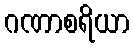
ဂဏာစရိယာ